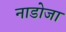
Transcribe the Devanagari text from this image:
नाडोजा